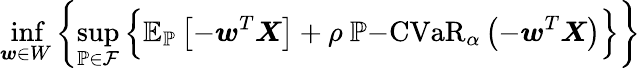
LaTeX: \operatorname*{inf}_{\boldsymbol{w}\in W}\left\{ \operatorname*{sup}_{\mathbb{P}\in\mathcal{F}}\Big\{ \mathbb{E}_{\mathbb{P}}\left[-\boldsymbol{w}^{T}\boldsymbol{X}\right]+\rho\ \mathbb{P}\mathrm{-CVaR}_{\alpha}\left(-\boldsymbol{w}^{T}\boldsymbol{X}\right)\Big\} \right\}